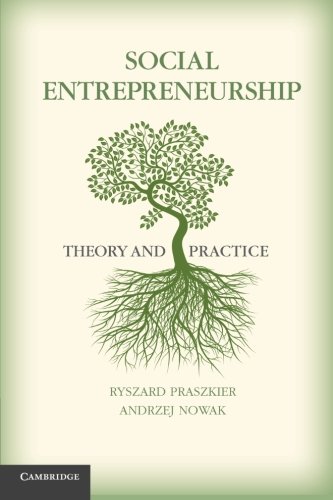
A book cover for Social Entrepreneurship: Theory and Practice; Ryszard Praszkier; Politics & Social Sciences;